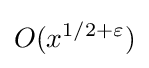
O(x^{1/2+\varepsilon })